Plague in India, 1896, 1897 - Volume 1
Year: 1896
Disease focus: Plague
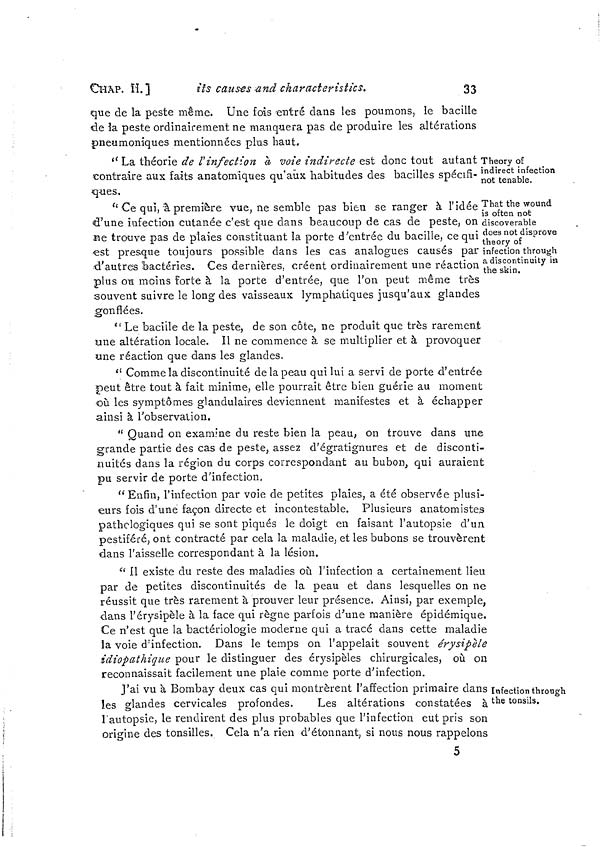
CHAP. II.]
its causes and characteristics.
33
que de la peste même. Une fois entré dans les poumons, le bacille
de la peste ordinairement ne manquera pas de produire les altérations
pneumoniques mentionnées plus haut.
Theory of
indirect infection
not tenable.
"La théorie de l'infection à voie indirecte est donc tout autant
contraire aux faits anatomiques qu'aux habitudes des bacilles spécifi-
ques.
That the wound
is often not
discoverable
does not disprove
theory of
infection through
a discontinuity in
the skin.
" Ce qui, à première vue, ne semble pas bien se ranger à l'idée
d'une infection cutanée c'est que dans beaucoup de cas de peste, on
Be trouve pas de plaies constituant la porte d'entrée du bacille, ce qui
est presque toujours possible dans les cas analogues causés par
d'autres bactéries. Ces dernières, créent ordinairement une réaction
plus on moins forte à la porte d'entrée, que l'on peut même très
souvent suivre le long des vaisseaux lymphatiques jusqu'aux glandes
gonflées.
" Le bacille de la peste, de son côte, ne produit que très rarement
une altération locale. Il ne commence à se multiplier et à provoquer
une réaction que dans les glandes.
" Comme la discontinuité de la peau qui lui a servi de porte d'entrée
peut être tout à fait minime, elle pourrait être bien guérie au moment
où les symptômes glandulaires deviennent manifestes et à échapper
ainsi à l'observation.
" Quand on examine du reste bien la peau, on trouve dans une
grande partie des cas de peste, assez d'égratignures et de disconti-
nuités dans la région du corps correspondant au bubon, qui auraient
pu servir de porte d'infection.
" Enfin, l'infection par voie de petites plaies, a été observée plusi-
eurs fois d'une façon directe et incontestable. Plusieurs anatomistes
pathologiques qui se sont piqués le doigt en faisant l'autopsie d'ua
pestiféré, ont contracté par cela la maladie, et les bubons se trouvèrent
dans l'aisselle correspondant à la lésion.
" Il existe du reste des maladies où l'infection a certainement lieu
par de petites discontinuités de la peau et dans lesquelles on ne
réussit que très rarement à prouver leur présence. Ainsi, par exemple,
dans l'érysipèle à la face qui règne parfois d'une manière épidémique.
Ce n'est que la bactériologie moderne qui a tracé dans cette maladie
la voie d'infection. Dans le temps on l'appelait souvent érysipèle
idiopathique pour le distinguer des érysipèles chirurgicales, où on
reconnaissait facilement une plaie comme porte d'infection.
Infection through
the tonsils.
J'ai vu à Bombay deux cas qui montrèrent l'affection primaire dans
les glandes cervicales profondes.
Les altérations constatées à
l'autopsie, le rendirent des plus probables que l'infection eut pris son
origine des tonsilles. Cela n'a rien d'étonnant, si nous nous rappelons
5